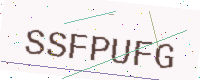
Text: SSFPUFG